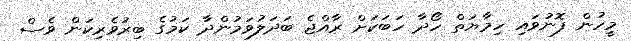
މީހުން ފޮނުވައި ހިމާޔަތް ހޯދާ ހަބަކަށް ރާއްޖެ ބަދަލުވަމުންދާ ކަމުގެ ބިރުވެރިކަން ވެސް